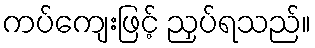
ကပ်ကျေးဖြင့် ညှပ်ရသည်။